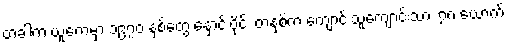
တခါက ယူကေမှာ ၁၉၇၀ နှစ်တွေ နှောင်းပိုင်း တနှစ်က ကျောင်းသူကျောင်းသား ၇၈ ယောက်